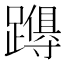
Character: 𮜚